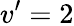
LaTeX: v’=2